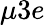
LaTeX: \mu 3e